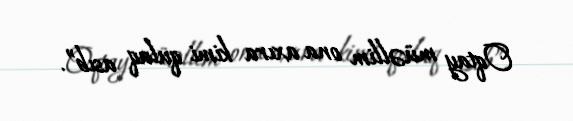
Oqtay müəllim ona axıra kimi qulaq asıb”.